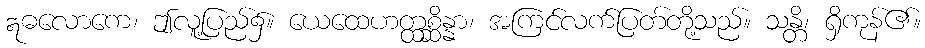
ဣဓလောကေ၊ ဤလူ့ပြည်၌။ ယေထေဟတ္ထစ္ဆိန္နာ၊ အကြင်လက်ပြတ်တို့သည်။ သန္တိ၊ ရှိကုန်၏။